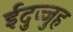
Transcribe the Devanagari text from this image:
ईदुज्जुह